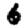
Digit: 6